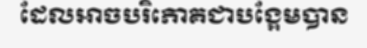
ដែលអាចបរិភោគជាបង្អែមបាន